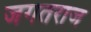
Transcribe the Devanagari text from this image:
जगतराज